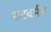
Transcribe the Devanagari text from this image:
शरवर्मन